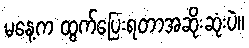
မနေ့က ထွက်ပြေးရတာအဆိုးဆုံးပဲ။